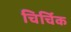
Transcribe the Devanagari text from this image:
चिर्चिक